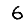
Digit: 6